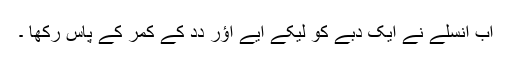
اَب اُنسلے نے ایک دِبے کو لیکے اَیے اؤر دِدِ کے کمر کے پاس رکھا ۔